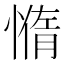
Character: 𰒇